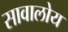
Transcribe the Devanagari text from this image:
सावालोय